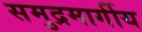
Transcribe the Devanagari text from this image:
समुद्रमार्गीय